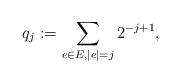
LaTeX: \begin{align*}q_j := \sum_{e \in E, |e|=j} 2^{-j+1},\end{align*}